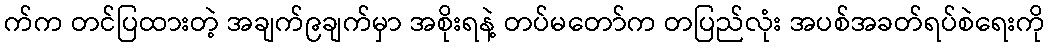
က်က တင်ပြထားတဲ့ အချက်၉ချက်မှာ အစိုးရနဲ့ တပ်မတော်က တပြည်လုံး အပစ်အခတ်ရပ်စဲရေးကို